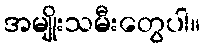
အမျိုးသမီးတွေပါ။